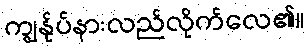
ကျွန်ုပ်နားလည်လိုက်လေ၏။